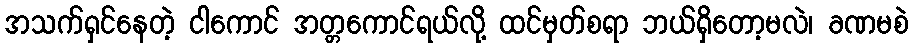
အသက်ရှင်နေတဲ့ ငါကောင် အတ္တကောင်ရယ်လို့ ထင်မှတ်စရာ ဘယ်ရှိတော့မလဲ၊ ခဏမစဲ